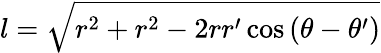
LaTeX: l=\sqrt{r^{2}+r^{2}-2rr^{\prime}\cos{(\theta-\theta^{\prime})}}